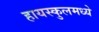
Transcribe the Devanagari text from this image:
हायस्कुलमध्ये